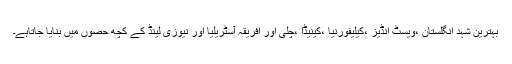
بہترین شہد انگلستان ،ویسٹ انڈیز ،کیلیفورنیا ،کینیڈا ،چلی اور افریقہ آسٹریلیا اور نیوزی لینڈ کے کچھ حصوں میں بنایا جاتاہے۔